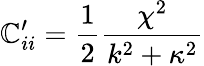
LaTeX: \mathbb{C}_{ii}^{\prime}=\frac{{1}}{{2}}\frac{{\chi^{2}}}{{k^{2}+\kappa^{2}}}